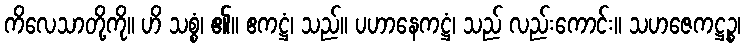
ကိလေသာတို့ကို။ ဟိ သစ္စံ၊ ၏။ ဧကဋ္ဌံ၊ သည်။ ပဟာနေကဋ္ဌံ၊ သည် လည်းကောင်း။ သဟဇေကဋ္ဌဉ္စ၊